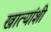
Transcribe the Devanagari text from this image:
खात्यांशी